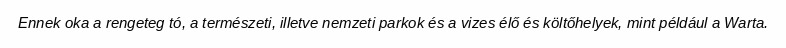
Ennek oka a rengeteg tó, a természeti, illetve nemzeti parkok és a vizes élő és költőhelyek, mint például a Warta.